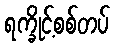
ရက္ခိုင့်စစ်တပ်